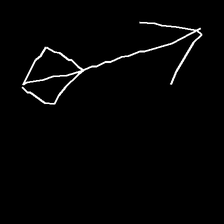
Glyph: focus